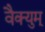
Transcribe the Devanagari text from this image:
वैक्युम्